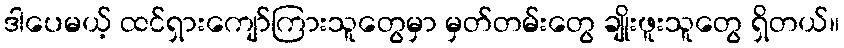
ဒါပေမယ့် ထင်ရှားကျော်ကြားသူတွေမှာ မှတ်တမ်းတွေ ချိုးဖူးသူတွေ ရှိတယ်။